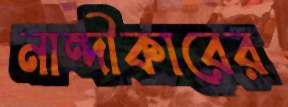
নান্দীকারের